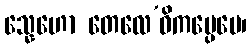
သ္နေဟော တေလေ’ဓိကပ္ပေမေ၊